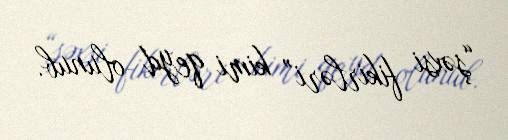
“şəxsi fikirləri” kimi qeyd olunub.